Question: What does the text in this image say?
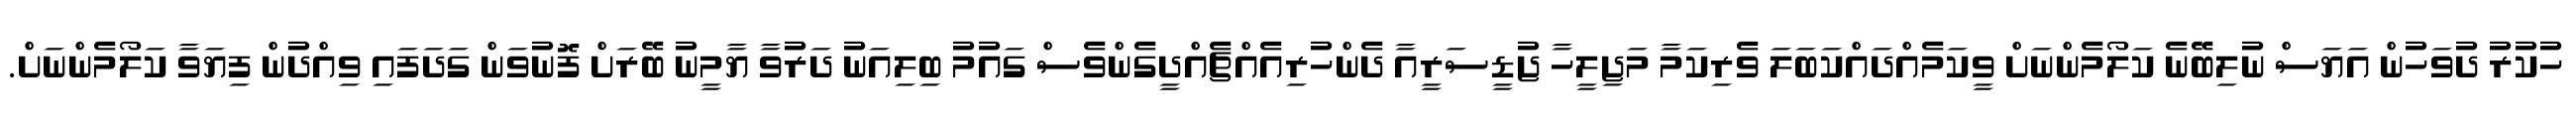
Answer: ހުކުރު ދުވަހުން އަޔަސް ނުލިބޭނެ ކަލޯމެންނަށް ވީކަމެއްދައްކަބަލަ ވެރިކަމާ މަޖިލީހާ ޖުޑީސަރީއާ ދެންހުރިއެއްޗެއްދީގެންވެސް ގައުމު ބިލިއަނު ދަރުވާ ޔާމީނު ބޭރަށް ފޮނުވަން ގަދަފައި ވިއްދުން ފިޔަވާ ކަލޯމެންނަށް.